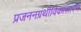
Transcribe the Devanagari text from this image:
प्रजननग्रंथीविकासारंभ